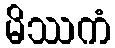
မိဿကံ